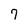
Character: 7